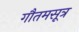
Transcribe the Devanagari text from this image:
गौतमसूत्र